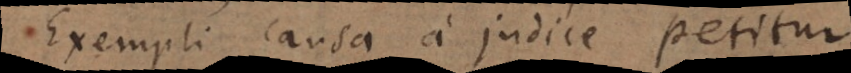
Exempli causa a judice petitur